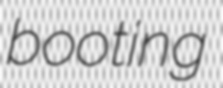
booting